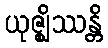
ယုဇ္ဈိဿန္တိ